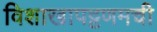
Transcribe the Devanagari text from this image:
विशाखापट्टणमची